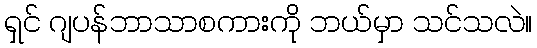
ရှင် ဂျပန်ဘာသာစကားကို ဘယ်မှာ သင်သလဲ။